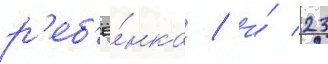
р'еб'ё́нка / и́ 23